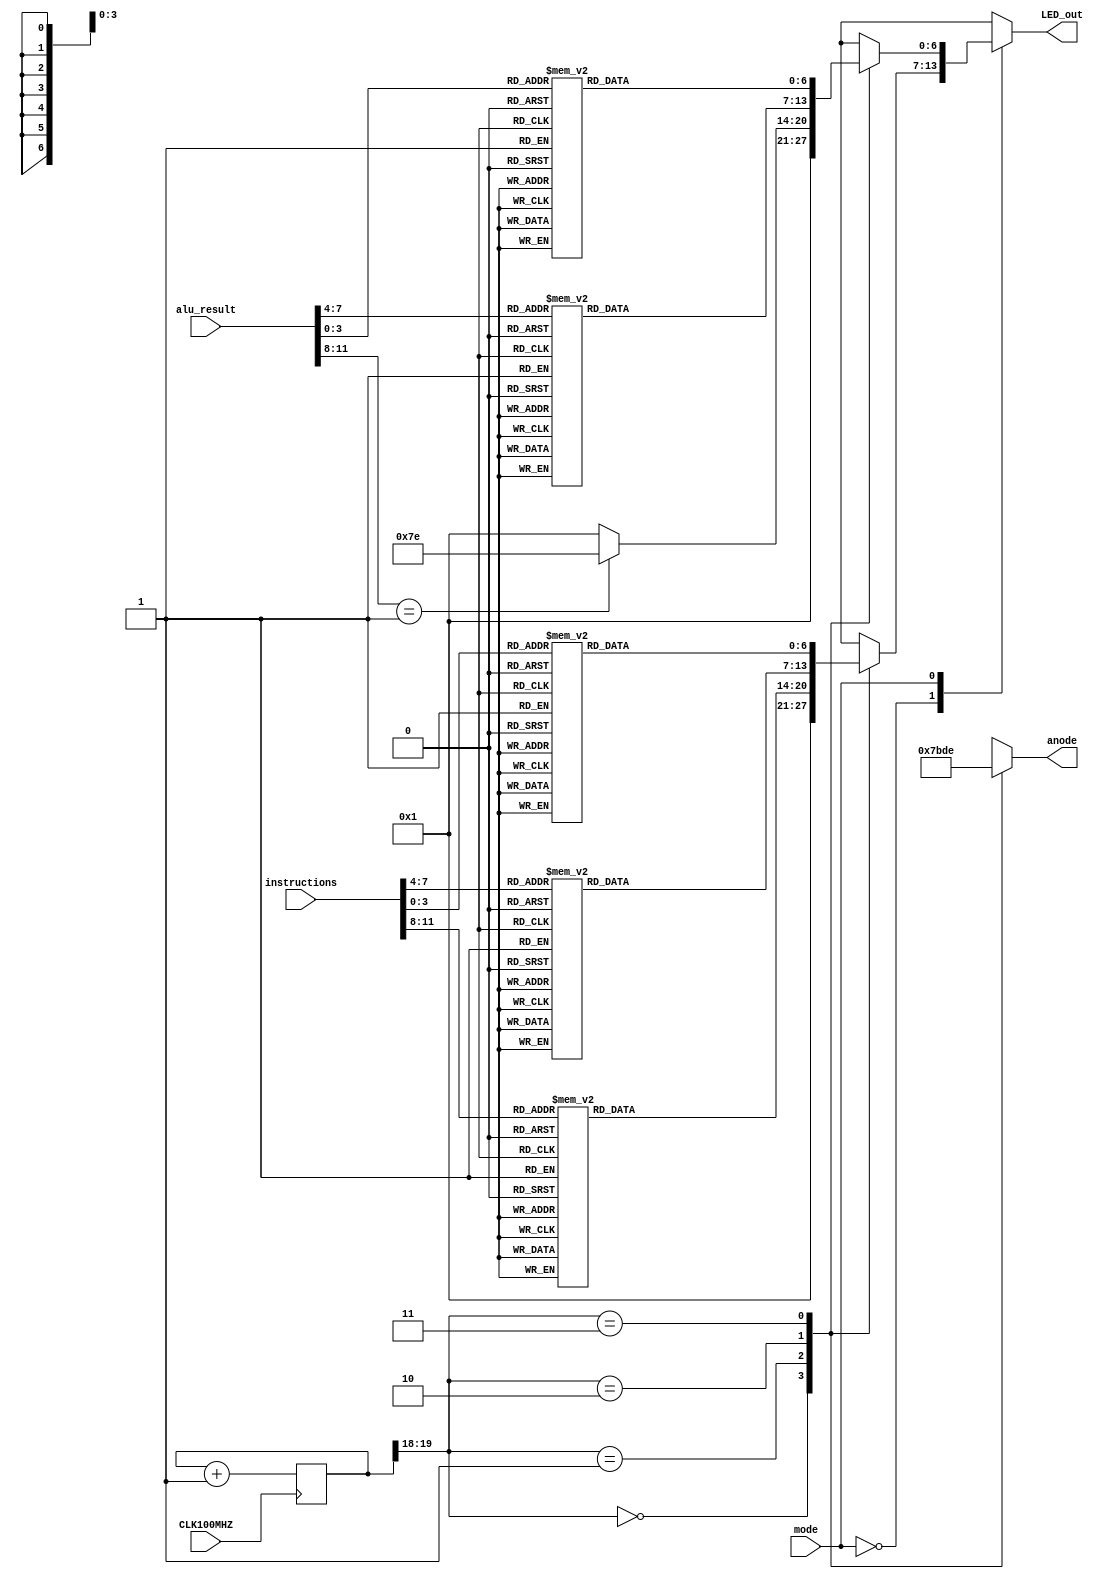
`timescale 1ns / 1ps
//////////////////////////////////////////////////////////////////////////////////
// Company: 
// Engineer: 
// 
// Design Name: 
// Module Name: display_outline
// Project Name: 
// Target Devices: 
// Tool Versions: 
// Description: 
// 
// Dependencies: 
// 
// Revision:
// Revision 0.01 - File Created
// Additional Comments:
// 
//////////////////////////////////////////////////////////////////////////////////


module display_outline(
input CLK100MHZ, // This is the clock on my Basys 3. You'll have to change it for the school FPGA
input mode, // hex or alu output
input [11:0]instructions, // instructions fed to alu, in binary
input [11:0]alu_result, // what the alu spit out, BCD number
output reg [3:0]anode, // which anode we're on
output reg [6:0]LED_out // segments of the anode
    );
reg [19:0] refresh_counter; // Generates 380 Hz refresh rate. Only using 2 bits
wire [1:0] anode_activator; // Cycles through anodes

//BCD Digits for Instructions
wire [3:0]ones; // B
wire [3:0]tens; // A
wire [3:0]hundreds; // Op Code
//BCD digits for alu_result
wire[3:0]aluOnes;
wire[3:0]aluTens;
wire[3:0]aluSign;

initial begin
refresh_counter = 0; // set counter to zero so she doesn't get angery.
end

// Convert instructions to BCD
assign ones = instructions[3:0]; // B
assign tens = instructions[7:4]; // A
assign hundreds = instructions[11:8]; // Op

// Convert alu_result to BCD
assign aluOnes = alu_result[3:0];
assign aluTens = alu_result[7:4];
assign aluSign = alu_result[11:8];

// Display Timing
always @(posedge CLK100MHZ)
begin
    refresh_counter <= refresh_counter +1; // add to the counter so the refresh rate is right
end

assign anode_activator = refresh_counter[19:18]; // cycle through signals for 4 anodes using refresh speeds

always @ (*)begin
    case(mode)
    1'b0 : begin // If Hex Mode
        case(anode_activator) // tells the anodes to light up alternately
          2'b00 : begin // far left
                anode = 4'b0111; // activate 1, deactivate 2,3,4
                LED_out = 7'b0000001; // Only 3 digits displayed     
                end
            default: begin
            LED_out = 7'b0000001;
            anode = 4'b0111;
            end
           2'b01 : begin // middle left
                anode = 4'b1011;
                case(hundreds)
                    4'b0000 : LED_out = 7'b0000001;
                    4'b0001 : LED_out = 7'b1001111;
                    4'b0010 : LED_out <= 7'b0010010;
                    4'b0011 : LED_out <= 7'b0000110;
                    4'b0100 : LED_out <= 7'b1001100;          
                    4'b0101 : LED_out <= 7'b0100100;
                    4'b0110 : LED_out <= 7'b0100000;
                    4'b0111 : LED_out <= 7'b0001111;
                    4'b1000 : LED_out <= 7'b0000000;
                    4'b1001 : LED_out <= 7'b0000100;
                    4'b1010 : LED_out <= 7'b0001000;
                    4'b1011 : LED_out <= 7'b1100000;
                    4'b1100 : LED_out <= 7'b0110001;
                    4'b1101 : LED_out <= 7'b1000010;
                    4'b1110 : LED_out <= 7'b0110000;
                    4'b1111 : LED_out <= 7'b0111000; 
                    default : LED_out <= 7'b0000001;
             endcase  
           end
           2'b10 : begin // middle right
                anode = 4'b1101;
                case(tens)
                    4'b0000 : LED_out = 7'b0000001;
                    4'b0001 : LED_out = 7'b1001111;
                    4'b0010 : LED_out <= 7'b0010010;
                    4'b0011 : LED_out <= 7'b0000110;
                    4'b0100 : LED_out <= 7'b1001100;          
                    4'b0101 : LED_out <= 7'b0100100;
                    4'b0110 : LED_out <= 7'b0100000;
                    4'b0111 : LED_out <= 7'b0001111;
                    4'b1000 : LED_out <= 7'b0000000;
                    4'b1001 : LED_out <= 7'b0000100;
                    4'b1010 : LED_out <= 7'b0001000;
                    4'b1011 : LED_out <= 7'b1100000;
                    4'b1100 : LED_out <= 7'b0110001;
                    4'b1101 : LED_out <= 7'b1000010;
                    4'b1110 : LED_out <= 7'b0110000;
                    4'b1111 : LED_out <= 7'b0111000; 
                    default : LED_out <= 7'b0000001;
             endcase   
           end
           2'b11 : begin // far right
                anode = 4'b1110;
                case(ones)
                    4'b0000 : LED_out = 7'b0000001;
                    4'b0001 : LED_out = 7'b1001111;
                    4'b0010 : LED_out <= 7'b0010010;
                    4'b0011 : LED_out <= 7'b0000110;
                    4'b0100 : LED_out <= 7'b1001100;          
                    4'b0101 : LED_out <= 7'b0100100;
                    4'b0110 : LED_out <= 7'b0100000;
                    4'b0111 : LED_out <= 7'b0001111;
                    4'b1000 : LED_out <= 7'b0000000;
                    4'b1001 : LED_out <= 7'b0000100;
                    4'b1010 : LED_out <= 7'b0001000;
                    4'b1011 : LED_out <= 7'b1100000;
                    4'b1100 : LED_out <= 7'b0110001;
                    4'b1101 : LED_out <= 7'b1000010;
                    4'b1110 : LED_out <= 7'b0110000;
                    4'b1111 : LED_out <= 7'b0111000;
                    default : LED_out <= 7'b0000001; 
             endcase    
           end   
        endcase
    end
   
    1'b1 : begin // If ALU Case
           case(anode_activator)
                2'b00 : begin // far left
                anode = 4'b0111; // activate 1, deactivate 2,3,4
                LED_out = 7'b0000001; // Only 3 digits displayed     
                end
           2'b01 : begin // middle left
                anode = 4'b1011;
                case(aluSign)
                    4'b0000 : LED_out = 7'b0000001; // If positive, show a zero
                    4'b0001 : LED_out = 7'b1111110; // If negative, show a negative sign
                    default : LED_out <= 7'b0000001; // Positive default
             endcase  
           end
           2'b10 : begin // middle right
                anode = 4'b1101;
                case(aluTens)
                    4'b0000 : LED_out = 7'b0000001;
                    4'b0001 : LED_out = 7'b1001111;
                    4'b0010 : LED_out <= 7'b0010010;
                    4'b0011 : LED_out <= 7'b0000110;
                    4'b0100 : LED_out <= 7'b1001100;          
                    4'b0101 : LED_out <= 7'b0100100;
                    4'b0110 : LED_out <= 7'b0100000;
                    4'b0111 : LED_out <= 7'b0001111;
                    4'b1000 : LED_out <= 7'b0000000;
                    4'b1001 : LED_out <= 7'b0000100;
                    4'b1010 : LED_out <= 7'b0001000;
                    4'b1011 : LED_out <= 7'b1100000;
                    4'b1100 : LED_out <= 7'b0110001;
                    4'b1101 : LED_out <= 7'b1000010;
                    4'b1110 : LED_out <= 7'b0110000;
                    4'b1111 : LED_out <= 7'b0111000; 
                    default : LED_out <= 7'b0000001;
             endcase     
           end
           2'b11 : begin // far right
                anode = 4'b1110;
                case(aluOnes)
                    4'b0000 : LED_out = 7'b0000001;
                    4'b0001 : LED_out = 7'b1001111;
                    4'b0010 : LED_out <= 7'b0010010;
                    4'b0011 : LED_out <= 7'b0000110;
                    4'b0100 : LED_out <= 7'b1001100;          
                    4'b0101 : LED_out <= 7'b0100100;
                    4'b0110 : LED_out <= 7'b0100000;
                    4'b0111 : LED_out <= 7'b0001111;
                    4'b1000 : LED_out <= 7'b0000000;
                    4'b1001 : LED_out <= 7'b0000100;
                    4'b1010 : LED_out <= 7'b0001000;
                    4'b1011 : LED_out <= 7'b1100000;
                    4'b1100 : LED_out <= 7'b0110001;
                    4'b1101 : LED_out <= 7'b1000010;
                    4'b1110 : LED_out <= 7'b0110000;
                    4'b1111 : LED_out <= 7'b0111000;
                    default : LED_out <= 7'b0000001; 
                endcase
                end
           endcase 
       end
   endcase
end   
endmodule

// Inner Modules
/*case(anode_activator) // tells the anodes to light up alternately
            2'b00 : begin // far left
                anode = 4'b0111; // activate 1, deactivate 2,3,4
                LED_out = 7'b0000001; // Only 3 digits displayed     
                end
           2'b01 : begin // middle left
                anode = 4'b1011;
                case(aluSign)
                    4'b0000 : LED_out = 7'b0000001; // If positive, show a zero
                    4'b0001 : LED_out = 7'b1111110; // If negative, show a negative sign
                    default : LED_out <= 7'b0000001; // Positive default
             endcase  
           end
           2'b10 : begin // middle right
                anode = 4'b1101;
                case(aluTens)
                    4'b0000 : LED_out = 7'b0000001;
                    4'b0001 : LED_out = 7'b1001111;
                    4'b0010 : LED_out <= 7'b0010010;
                    4'b0011 : LED_out <= 7'b0000110;
                    4'b0100 : LED_out <= 7'b1001100;          
                    4'b0101 : LED_out <= 7'b0100100;
                    4'b0110 : LED_out <= 7'b0100000;
                    4'b0111 : LED_out <= 7'b0001111;
                    4'b1000 : LED_out <= 7'b0000000;
                    4'b1001 : LED_out <= 7'b0000100;
                    4'b1010 : LED_out <= 7'b0001000;
                    4'b1011 : LED_out <= 7'b1100000;
                    4'b1100 : LED_out <= 7'b0110001;
                    4'b1101 : LED_out <= 7'b1000010;
                    4'b1110 : LED_out <= 7'b0110000;
                    4'b1111 : LED_out <= 7'b0111000; 
                    default : LED_out <= 7'b0000001;
             endcase     
           end
           2'b11 : begin // far right
                anode = 4'b1110;
                case(aluOnes)
                    4'b0000 : LED_out = 7'b0000001;
                    4'b0001 : LED_out = 7'b1001111;
                    4'b0010 : LED_out <= 7'b0010010;
                    4'b0011 : LED_out <= 7'b0000110;
                    4'b0100 : LED_out <= 7'b1001100;          
                    4'b0101 : LED_out <= 7'b0100100;
                    4'b0110 : LED_out <= 7'b0100000;
                    4'b0111 : LED_out <= 7'b0001111;
                    4'b1000 : LED_out <= 7'b0000000;
                    4'b1001 : LED_out <= 7'b0000100;
                    4'b1010 : LED_out <= 7'b0001000;
                    4'b1011 : LED_out <= 7'b1100000;
                    4'b1100 : LED_out <= 7'b0110001;
                    4'b1101 : LED_out <= 7'b1000010;
                    4'b1110 : LED_out <= 7'b0110000;
                    4'b1111 : LED_out <= 7'b0111000;
                    default : LED_out <= 7'b0000001; 
                endcase
                end
  */
  
  /*
  case(anode_activator) // tells the anodes to light up alternately
            2'b00 : begin // far left
                anode = 4'b0111; // activate 1, deactivate 2,3,4
                LED_out = 7'b0000001; // Only 3 digits displayed     
                end
           2'b01 : begin // middle left
                anode = 4'b1011;
                case(hundreds)
                    4'b0000 : LED_out = 7'b0000001;
                    4'b0001 : LED_out = 7'b1001111;
                    4'b0010 : LED_out <= 7'b0010010;
                    4'b0011 : LED_out <= 7'b0000110;
                    4'b0100 : LED_out <= 7'b1001100;          
                    4'b0101 : LED_out <= 7'b0100100;
                    4'b0110 : LED_out <= 7'b0100000;
                    4'b0111 : LED_out <= 7'b0001111;
                    4'b1000 : LED_out <= 7'b0000000;
                    4'b1001 : LED_out <= 7'b0000100;
                    4'b1010 : LED_out <= 7'b0001000;
                    4'b1011 : LED_out <= 7'b1100000;
                    4'b1100 : LED_out <= 7'b0110001;
                    4'b1101 : LED_out <= 7'b1000010;
                    4'b1110 : LED_out <= 7'b0110000;
                    4'b1111 : LED_out <= 7'b0111000; 
                    default : LED_out <= 7'b0000001;
             endcase  
           end
           2'b10 : begin // middle right
                anode = 4'b1101;
                case(tens)
                    4'b0000 : LED_out = 7'b0000001;
                    4'b0001 : LED_out = 7'b1001111;
                    4'b0010 : LED_out <= 7'b0010010;
                    4'b0011 : LED_out <= 7'b0000110;
                    4'b0100 : LED_out <= 7'b1001100;          
                    4'b0101 : LED_out <= 7'b0100100;
                    4'b0110 : LED_out <= 7'b0100000;
                    4'b0111 : LED_out <= 7'b0001111;
                    4'b1000 : LED_out <= 7'b0000000;
                    4'b1001 : LED_out <= 7'b0000100;
                    4'b1010 : LED_out <= 7'b0001000;
                    4'b1011 : LED_out <= 7'b1100000;
                    4'b1100 : LED_out <= 7'b0110001;
                    4'b1101 : LED_out <= 7'b1000010;
                    4'b1110 : LED_out <= 7'b0110000;
                    4'b1111 : LED_out <= 7'b0111000; 
                    default : LED_out <= 7'b0000001;
             endcase   
           end
           2'b11 : begin // far right
                anode = 4'b1110;
                case(ones)
                    4'b0000 : LED_out = 7'b0000001;
                    4'b0001 : LED_out = 7'b1001111;
                    4'b0010 : LED_out <= 7'b0010010;
                    4'b0011 : LED_out <= 7'b0000110;
                    4'b0100 : LED_out <= 7'b1001100;          
                    4'b0101 : LED_out <= 7'b0100100;
                    4'b0110 : LED_out <= 7'b0100000;
                    4'b0111 : LED_out <= 7'b0001111;
                    4'b1000 : LED_out <= 7'b0000000;
                    4'b1001 : LED_out <= 7'b0000100;
                    4'b1010 : LED_out <= 7'b0001000;
                    4'b1011 : LED_out <= 7'b1100000;
                    4'b1100 : LED_out <= 7'b0110001;
                    4'b1101 : LED_out <= 7'b1000010;
                    4'b1110 : LED_out <= 7'b0110000;
                    4'b1111 : LED_out <= 7'b0111000;
                    default : LED_out <= 7'b0000001; 
             endcase    
           end   
  endcase
  */
         

// Every four bit input
/*
4'b0000
4'b0001 
4'b0010 
4'b0011 
4'b0100           
4'b0101 
4'b0110 
4'b0111 
4'b1000
4'b1001 
4'b1010 
4'b1011 
4'b1100 
4'b1101 
4'b1110 
4'b1111 
*/


// Hex Representations of every 4 bit digit
/*
hex_digits[0] = 7'b0000001;
assign hex_digits[1] = 7'b1001111;
assign hex_digits[2] = 7'b0010010;
assign hex_digits[3] = 7'b0000110;
assign hex_digits[4] = 7'b1001100;
assign hex_digits[5] = 7'b0100100;
assign hex_digits[6] = 7'b0100000;
assign hex_digits[7] = 7'b0001111;
assign hex_digits[8] = 7'b0000000;
assign hex_digits[9] = 7'b0000100;
assign hex_digits[10] = 7'b0001000;
assign hex_digits[11] = 7'b1100000;
assign hex_digits[12] = 7'b0110001;
assign hex_digits[13] = 7'b1000010;
assign hex_digits[14] = 7'b0110000;
assign hex_digits[15] = 7'b0111000;
*/